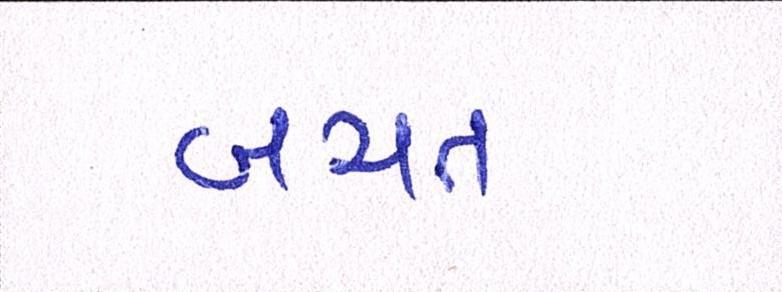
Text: બચત